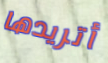
أتريدها